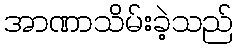
အာဏာသိမ်းခဲ့သည်